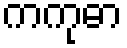
ကကုဓာ